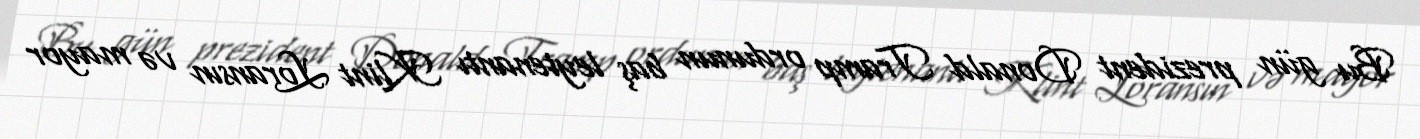
Bu gün prezident Donald Tramp ordunun baş leytenantı Klint Loransın və mayor